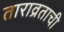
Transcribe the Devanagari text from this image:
ताराव्रताची